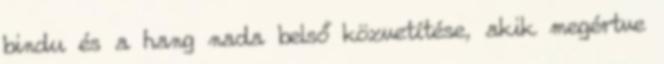
bindu és a hang nada belső közvetítése, akik megértve